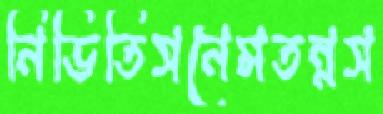
নিভিতিসনেমতন্নস